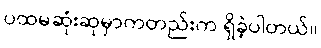
ပထမဆုံးဆုမှာကတည်းက ရှိခဲ့ပါတယ်။